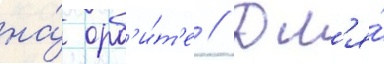
на́ орб'и́т'е // Дл'я́